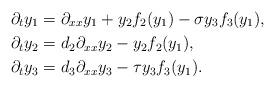
LaTeX: \begin{align*}\partial_t y_1 &= \partial_{xx}y_1 + y_2f_2(y_1) - \sigma y_3f_3(y_1), \\\partial_t y_2 &= d_2\partial_{xx}y_2 - y_2f_2(y_1), \\\partial_t y_3 &= d_3 \partial_{xx}y_3 - \tau y_3f_3(y_1). \end{align*}